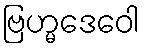
ဗြဟ္မဒေဝေါ